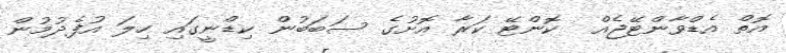
އޮތް އެޑްވާންޓޭޖެއް  ކޮންޓޭ ކަރާ އޮށުގެ ސަބަބުން ކިޑްނީގައި ހިލަ އުފެދުމުން